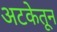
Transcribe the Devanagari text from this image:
अटकेतून